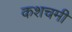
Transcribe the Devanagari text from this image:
कशचमी